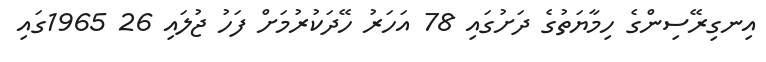
އިނގިރޭސިންގެ ހިމާޔަތުގެ ދަށުގައި 78 އަހަރު ހޭދަކުރުމަށް ފަހު ޖުލައި 26 1965ގައި